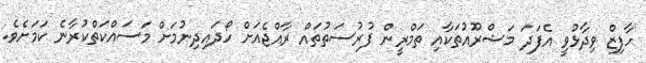
ހާފިޒް ވިދާޅުވީ އެފަދަ މަޝްރޫއުތަކާއި ތަމްރީން ފުރުސަތުތައް ރާއްޖެއަށް ހޯދައިދިނުމަށް މަސައްކަތްކުރާނެ ކަމަށެވެ.